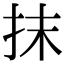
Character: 抹